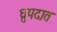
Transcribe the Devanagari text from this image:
ध्रुपदात